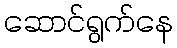
ဆောင်ရွက်နေ